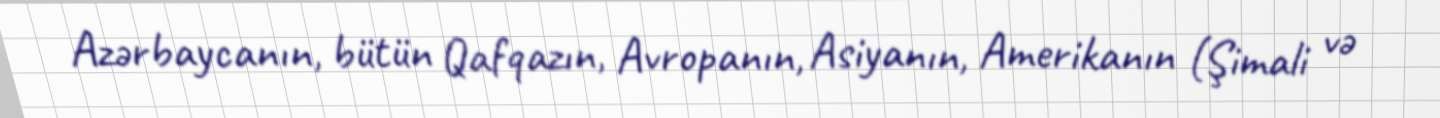
Azərbaycanın, bütün Qafqazın, Avropanın, Asiyanın, Amerikanın (Şimali və